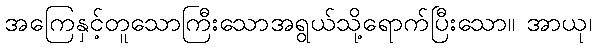
အကြေနှင့်တူသောကြီးသောအရွယ်သို့ရောက်ပြီးသော။ အာယု၊